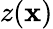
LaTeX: z(\mathbf{x})